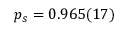
p _ { s } = 0 . 9 6 5 ( 1 7 )